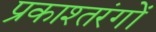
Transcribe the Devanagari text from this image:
प्रकाश्तरंगों